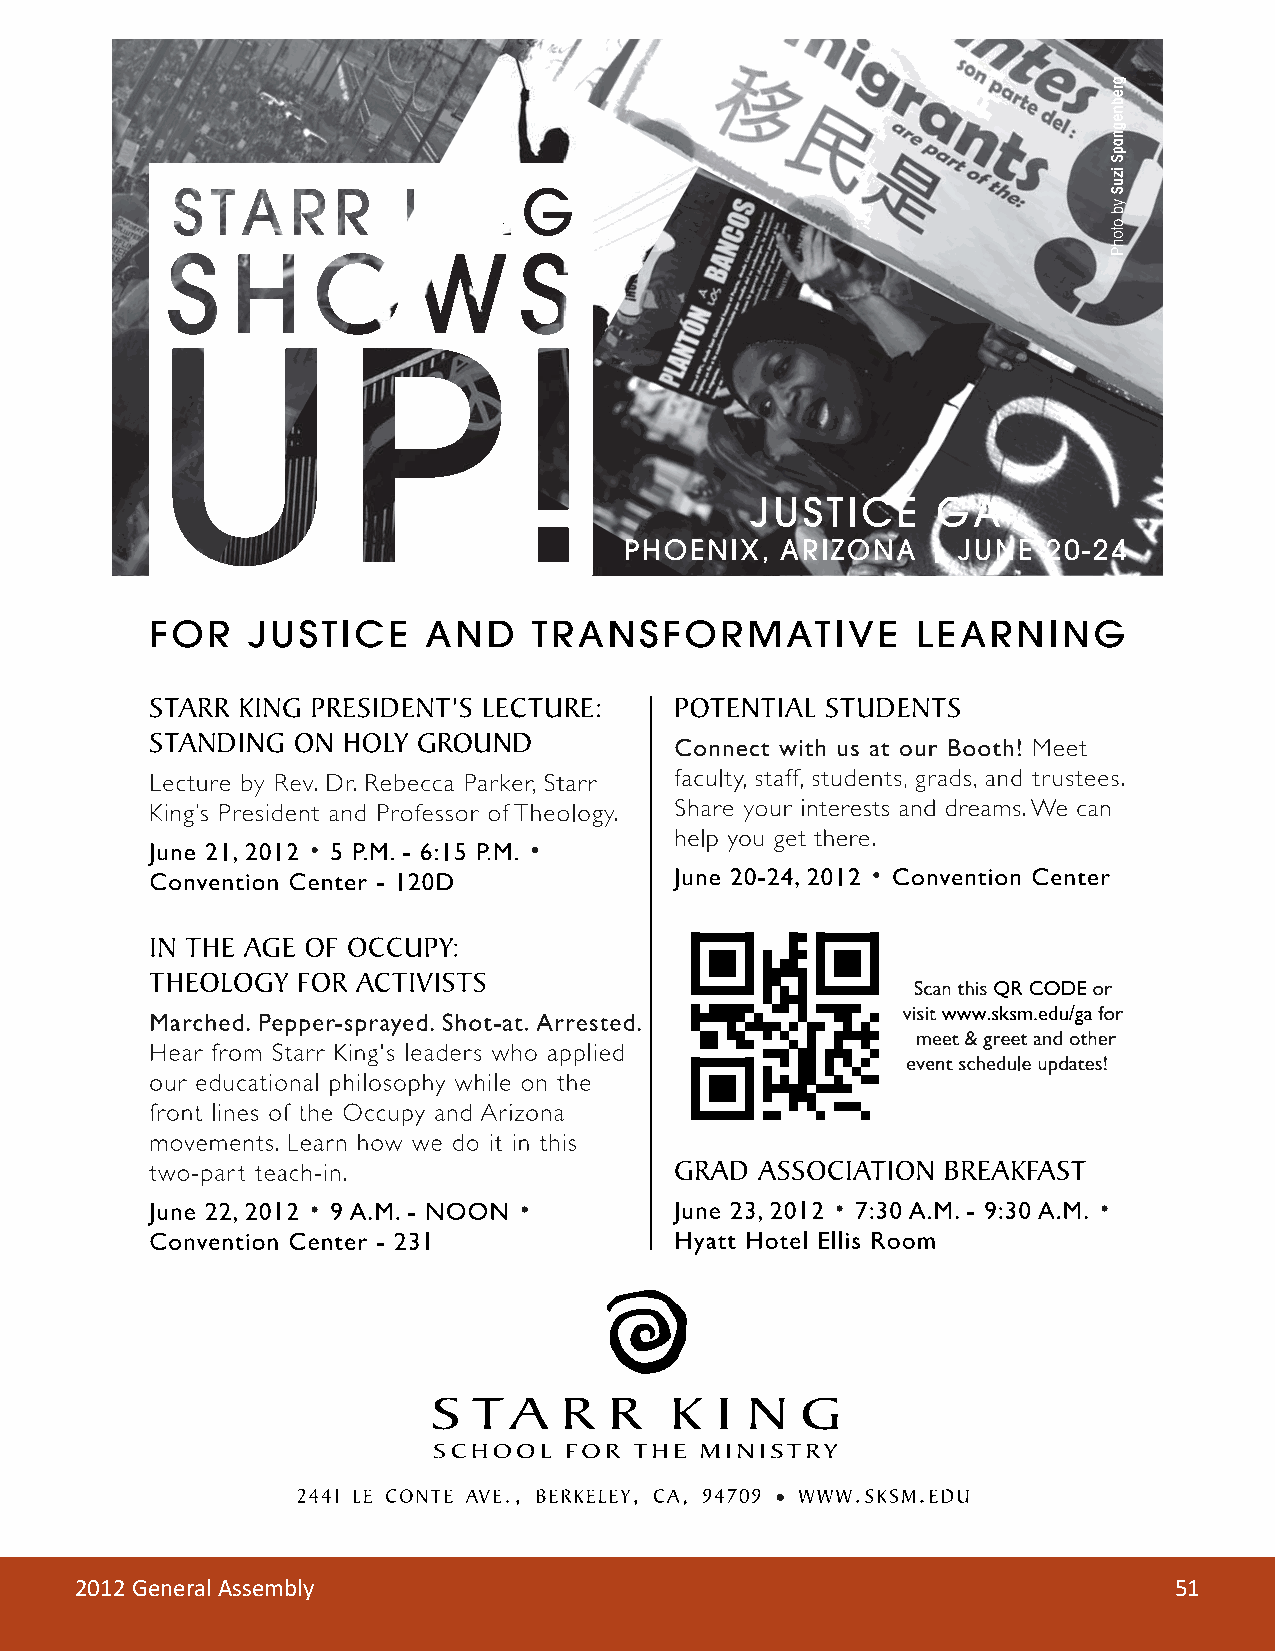
2012 General Assembly                                                    51